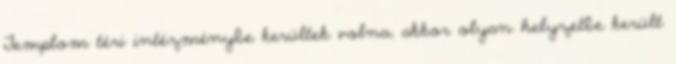
Templom téri intézménybe kerültek volna, akkor olyan helyzetbe került